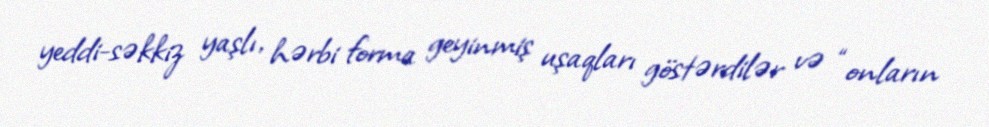
yeddi-səkkiz yaşlı, hərbi forma geyinmiş uşaqları göstərdilər və “onların